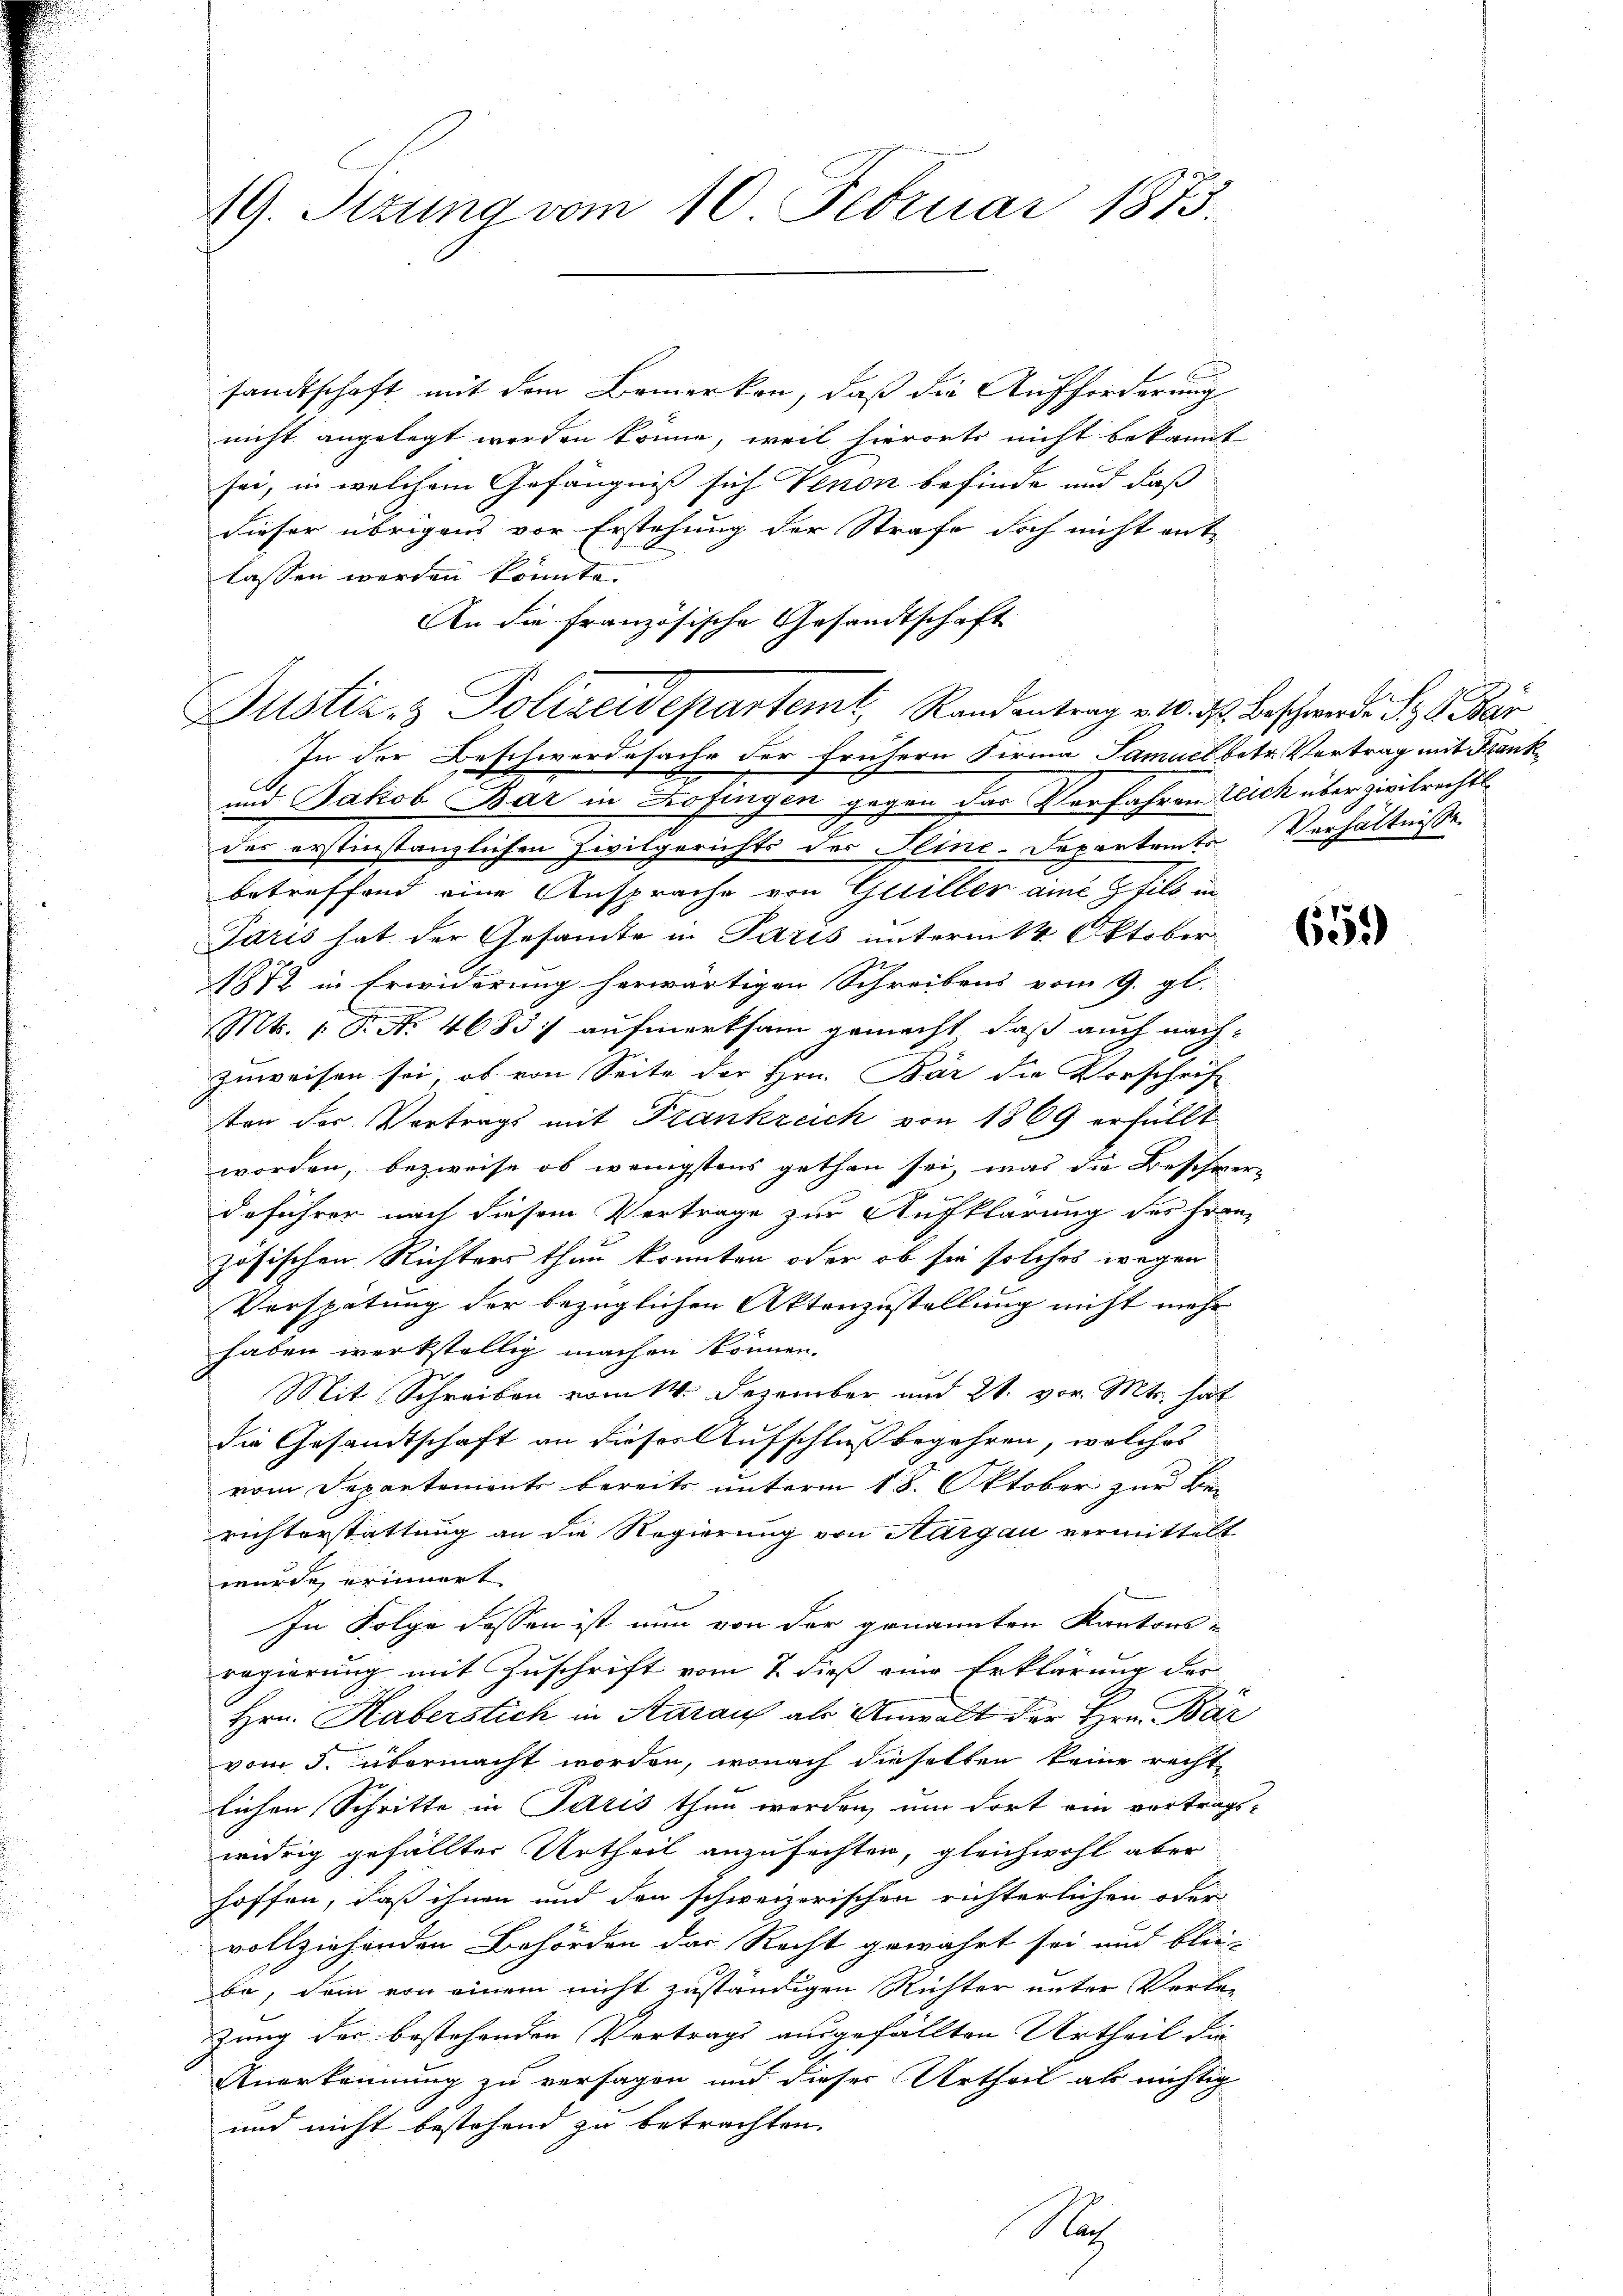
19. Sizung vom 10. Februar 1873.

sandtschaft mit dem Bemerken, daß die Aufforderung
nicht angelegt werden könne, weil hierorts nicht bekannt
sei, in welchem Gefängniß sich Venon befinde und daß
dieser übrigens vor Erstehung der Strafe doch nicht ent-
lassen werden könnte.
An die französische Gesandtschaft
Justiz- & Polizeidepartemt, Randantrag v. 10. d. Beschwenden S. 8. Bar
In der Beschwerdesache der frühern Firma Samuel betr. Vortrag mit Frank¬
und Jakob Bar in Zofingen gegen der Verfahren Zeich über zivilrechtl
des erstinstanzlichen Zivilgerichts der Pline-Departamte Verhältnisse
betreffend eine Ansprache von Guiller aine fils in
Paris hat der Gesamte in Paris unterm 14. Oktober
1872 in Erwiderung herwärtigen Schreibens vom 9. gl.
Mts. 1 S. Nr. 4683 aufmerksam gemacht, daß auch nachzuweisen sei, ob von Seite der Hrn. Bär die Vorschrift
ten der Vertrags mit Frankreich von 1869 erfüllt
worden, bezweife ob wenigstens gethan sei, was die Beschwer-
deführer nach diesem Vertrage zur Aufklärung des Franz
zösischen Richters thun könnten oder ob sie solches wegen
Verspätung der bezüglichen Aktenzustellung nicht mehr
haben werkstellig machen können.
Mit Schreiben vom 14. Dezember und 21. vor. Mts. hat
die Gesandtschaft an dieser Aufschluß begehren, welches
vom Departements bereits unterm 18. Oktober zur Berichterstattung an die Regierung von Aargau vermittelt
wurde erinnert
In Folge dessen ist nun von der genannten Kantons-
regierung mit Zuschrift vom 7 dieß eine Erklärung der
Hrn. Haberstich in Karauf als Anwalt der Hrn. Bär
vom 5. übermacht worden, wonach dieselben keine rechte
lichen Schritte in Paris thun werden, um dort ein vertrags-
widrig gefällter Urtheil anzufachten, gleichwohl aber
hoffen, daß ihnen und den schweizerischen richterlichen oder
vollziehenden Behörden der Recht gewährt sei und blei-
be, dem von einem nicht zuständigen Richter unter Verlezung des bestehenden Vertrags ausgefällten Urtheil die
Anerkennung zu versagen und dieser Urtheil ab nichtig
und nicht bestehend zu betrachten.
Ne

659